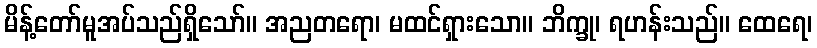
မိန့်တော်မူအပ်သည်ရှိသော်။ အညတရော၊ မထင်ရှားသော။ ဘိက္ခု၊ ရဟန်းသည်။ ထေရေ၊